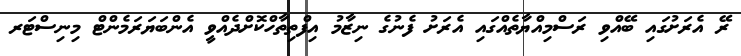
ރޭ އެރަށުގައި ބޭއްވި ރަސްމިއްޔާތެއްގައި އެރަށު ފެނުގެ ނިޒާމު އިފްތިތާހްކޮށްދެއްވީ އެންބަޔަރަމެންޓް މިނިސްޓަރ